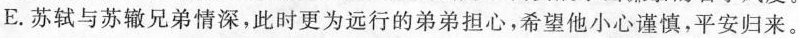
E.苏轼与苏辙兄弟情深，此时更为远行的弟弟担心，希望他小心谨慎，平安归来。